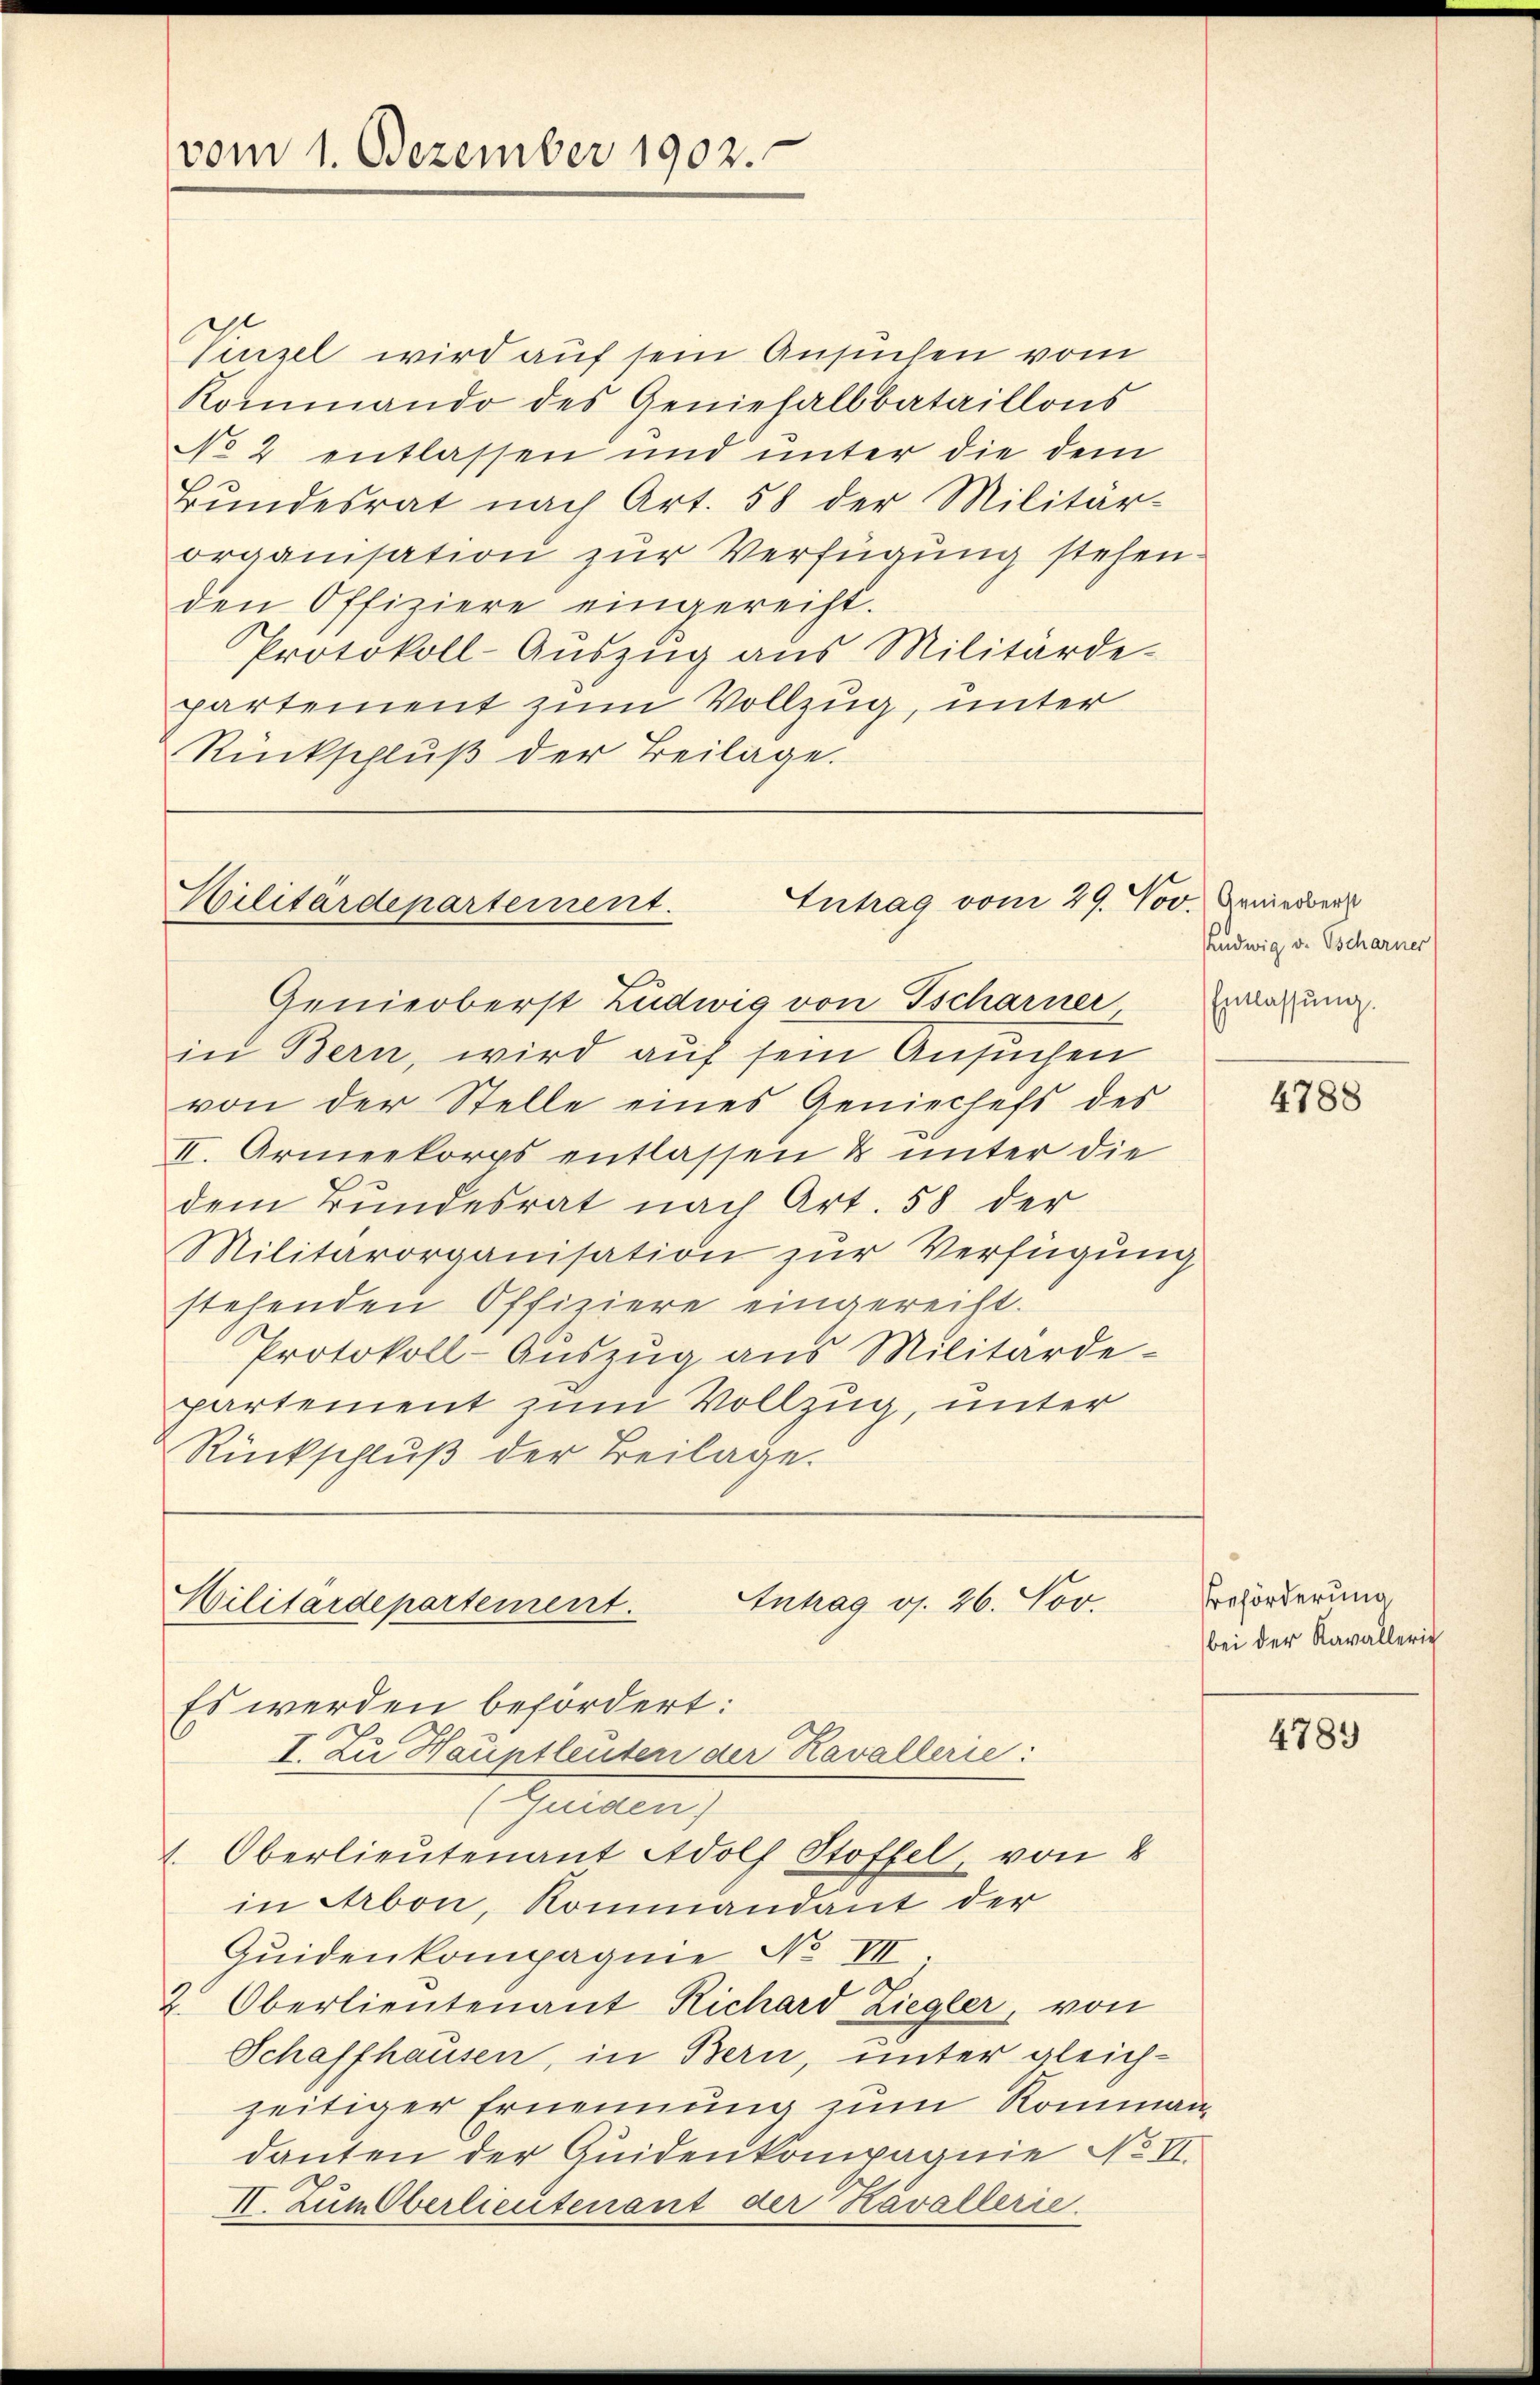
vom 1. Dezember 1902.

Vinzel wird auf sein Ansuchen vom
Kommando des Geniefalbbataillons
No 2 entlassen und unter die dem
Bŭndesrat nach Art. 58 der Militär-
organisation zur Verfügung stehen.
den Offiziere eingereicht.
Protokoll-Auszug aus Militärde-
partement zum Vollzug, unter
Rückschluß der Beilage.

Intrag vom 29. Nov. Genierber
Militärdepartement.
Genieoberst Ludwig von Tscharner

in Bern, wird auf sein Ansuchen
von der Stelle eines Geniechefs des
II. Armeekorps entlassen & unter die
dem Bundesrat nach Art. 58 der
Militärorganisation zur Verfügung
stehenden Offiziere eingereiht.
Protokoll-Auszug aus Militärde-
partement zum Vollzug, unter
Rückschluß der Beilage.

Antrag v. 26. Nov.
Militärdepartement.
Es werden befördert:
I. Zu Hauptleuten der Kavallerie:
(Guiden)
t. Oberlieutenant Adolf Stoffel, von 2

in Arbon, Kommandant der
Quidenkompagnie No II
e
2. Oberlieutenant Richard Ziegler, von
Schaffhausen, in Bern, unter gleich-
zeitiger Ernennung zum Kommandanten der Quidenkompagnie No VI.
II. Zum Oberlieutenant der Kavallerie

udwig v. Tscharner
Entlassung.

4788

Beförderung
bei der Kavallerie

4789